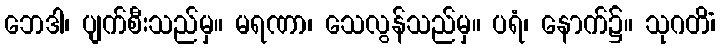
ဘေဒါ၊ ပျက်စီးသည်မှ။ မရဏာ၊ သေလွန်သည်မှ။ ပရံ၊ နောက်၌။ သုဂတိံ၊